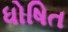
ધોષિત